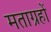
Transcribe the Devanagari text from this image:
मताग्रहों